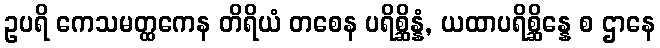
ဥပရိ ကေသမတ္ထကေန တိရိယံ တစေန ပရိစ္ဆိန္နံ, ယထာပရိစ္ဆိန္နေ စ ဌာနေ